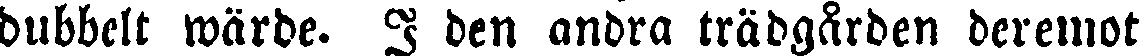
dubbelt wärde. I den andra trädgården deremot